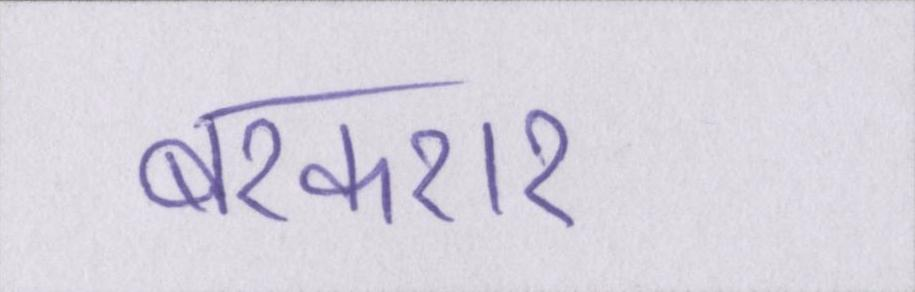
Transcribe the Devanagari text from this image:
बरकरार